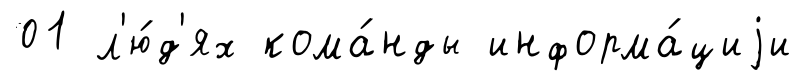
01 л'ю́д'ях кома́нды информа́циjи